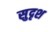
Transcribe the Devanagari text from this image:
सुदृश